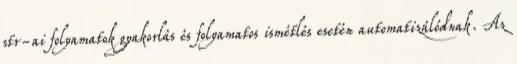
str-ai folyamatok gyakorlás és folyamatos ismétlés esetén automatizálódnak. Az